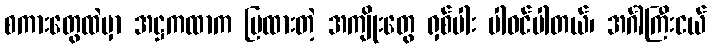
စကားတွေထဲမှာ အဋ္ဌကထာက ပြထားတဲ့ အကျိုးတွေ ရှစ်ပါး ပါဝင်ပါတယ်၊ အင်္ဂါကြီးငယ်